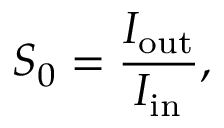
S _ { 0 } = \frac { I _ { \mathrm { { o u t } } } } { I _ { \mathrm { { i n } } } } ,